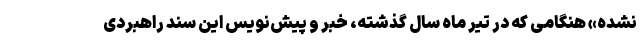
نشده» هنگامی که در تیر ماه سال گذشته، خبر و پیش‌نویس این سند راهبردی